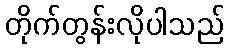
တိုက်တွန်းလိုပါသည်